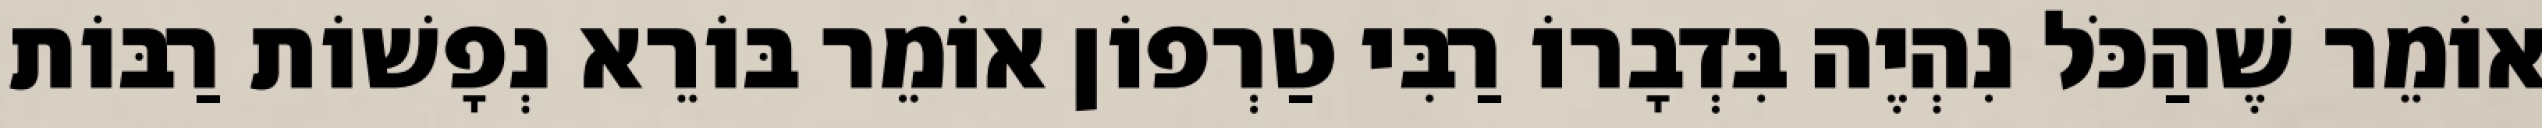
אוֹמֵר שֶׁהַכֹּל נִהְיֶה בִּדְבָרוֹ רַבִּי טַרְפוֹן אוֹמֵר בּוֹרֵא נְפָשׁוֹת רַבּוֹת